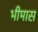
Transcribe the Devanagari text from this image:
भीमास